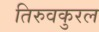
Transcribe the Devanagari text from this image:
तिरुवकुरल